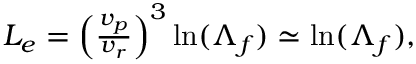
\begin{array} { r } { L _ { e } = \left( \frac { v _ { p } } { v _ { r } } \right) ^ { 3 } \mathrm { l n } ( \Lambda _ { f } ) \simeq \mathrm { l n } ( \Lambda _ { f } ) , } \end{array}